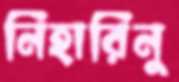
নিহারিনু